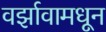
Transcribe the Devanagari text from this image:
वर्झावामधून